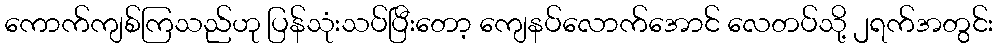
ကောက်ကျစ်ကြသည်ဟု ပြန်သုံးသပ်ပြီးတော့ ကျေနပ်လောက်အောင် လေတပ်သို့ ၂ရက်အတွင်း